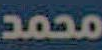
محمد